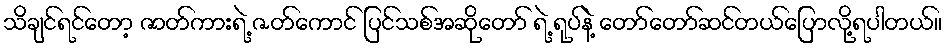
သိချင်ရင်တော့ ဇာတ်ကားရဲ့ ဇတ်ကောင် ပြင်သစ်အဆိုတော် ရဲ့ ရုပ်နဲ့ တော်တော်ဆင်တယ်ပြောလို့ရပါတယ်။